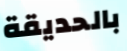
بالحديقة